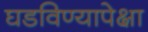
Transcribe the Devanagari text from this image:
घडविण्यापेक्षा